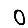
Digit: 0